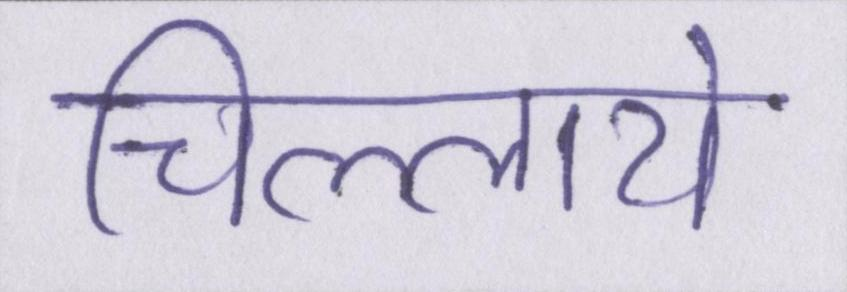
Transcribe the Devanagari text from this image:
चिल्लाये